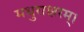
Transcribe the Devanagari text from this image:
मधुराक्षरम्‌।